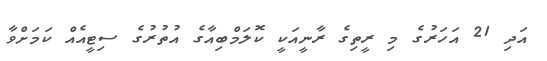
އަދި 21 އަހަރުގެ މި ރީތިގެ ރާނީއަކީ ކޮލަމްބިއާގެ އުތުރުގެ ސިޓީއެއް ކަމަށްވާ